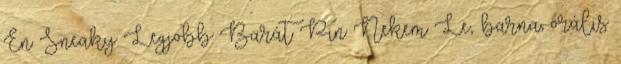
Én Sneaky Legjobb Barát Pin Nekem Le,. barna, orális